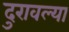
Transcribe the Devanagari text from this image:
दुरावल्या